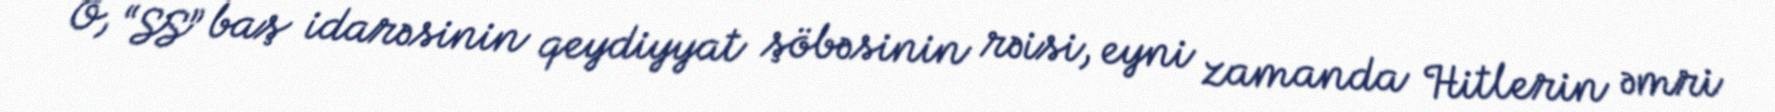
O, “SS” baş idarəsinin qeydiyyat şöbəsinin rəisi, eyni zamanda Hitlerin əmri